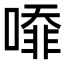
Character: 㗺